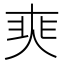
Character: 𡘼